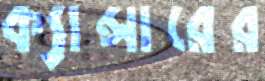
ক্যান্সারের